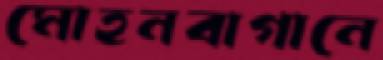
মোহনবাগানে